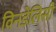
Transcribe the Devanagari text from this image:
विनडेलिसी